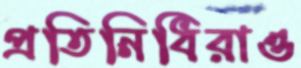
প্রতিনিধিরাও